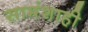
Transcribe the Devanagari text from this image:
सामंशाही